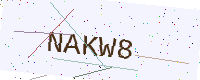
Text: NAKW8